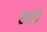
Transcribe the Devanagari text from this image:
छानि